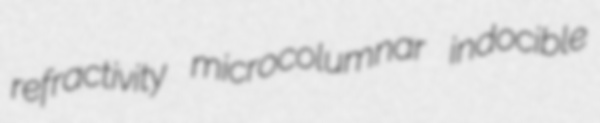
refractivity microcolumnar indocible